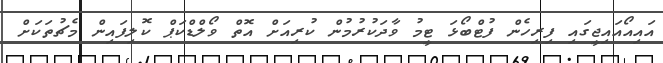
އައިއޯއައިޖީގައި ފިރިހެން ފުޓްބޯޅަ ޓީމު ވާދަކުރުމުން ކުރިއަށް އޮތް ވޯލްޑްކަޕް ކޮލިފައިން މެޗުތަކަށް